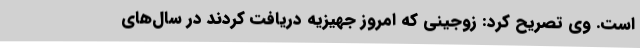
است. وی تصریح کرد: زوجینی که امروز جهیزیه دریافت کردند در سال‌های